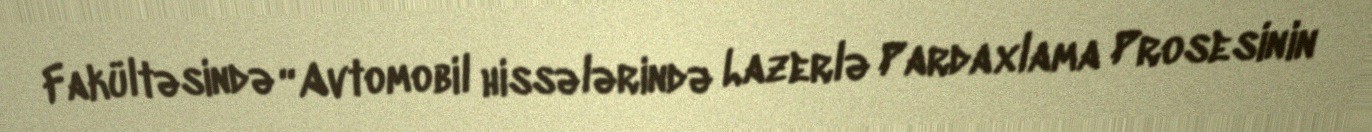
Fakültəsində “Avtomobil hissələrində Lazerlə Pardaxlama Prosesinin